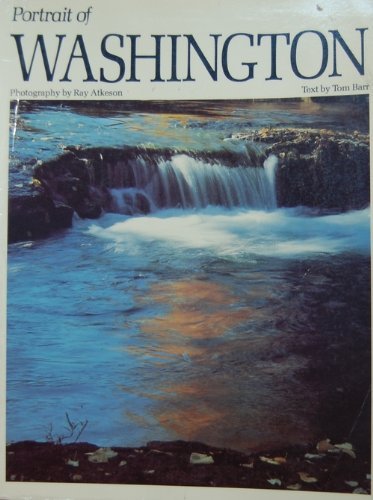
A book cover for Portrait of Washington (Portrait of America Series); Ray Atkeson; Travel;